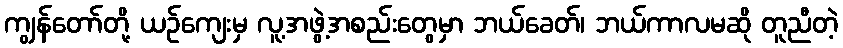
ကျွန်တော်တို့ ယဉ်ကျေးမှ လူ့အဖွဲ့အစည်းတွေမှာ ဘယ်ခေတ်၊ ဘယ်ကာလမဆို တူညီတဲ့